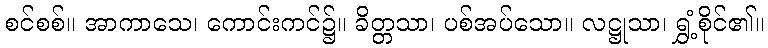
စင်စစ်။ အာကာသေ၊ ကောင်းကင်၌။ ခိတ္တသာ၊ ပစ်အပ်သော။ လဋ္ဌုသာ၊ ရွှံ့စိုင်၏။